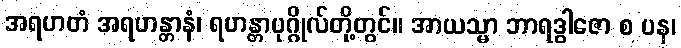
အရဟတံ အရဟန္တာနံ၊ ရဟန္တာပုဂ္ဂိုလ်တို့တွင်။ အာယသ္မာ ဘာရဒွါဇော စ ပန၊